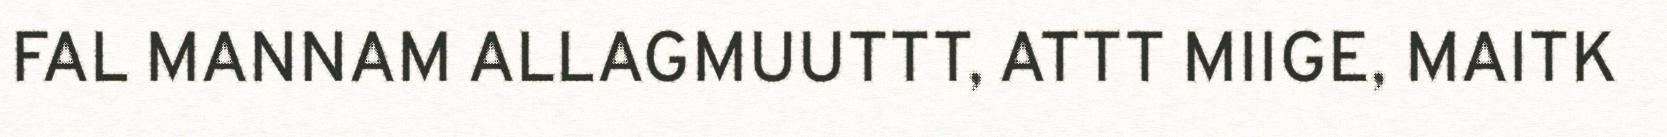
FAL MANNAM ALLAGMUUTTT, ATTT MIIGE, MAITK